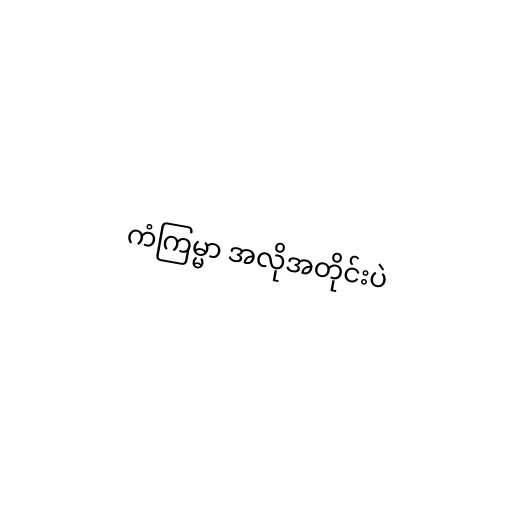
ကံကြမ္မာ အလိုအတိုင်းပဲ